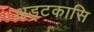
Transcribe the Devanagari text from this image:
अड्टकासि